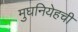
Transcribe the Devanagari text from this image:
मुघनियेहची